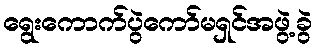
ရွေးကောက်ပွဲကော်မရှင်အဖွဲ့ခွဲ